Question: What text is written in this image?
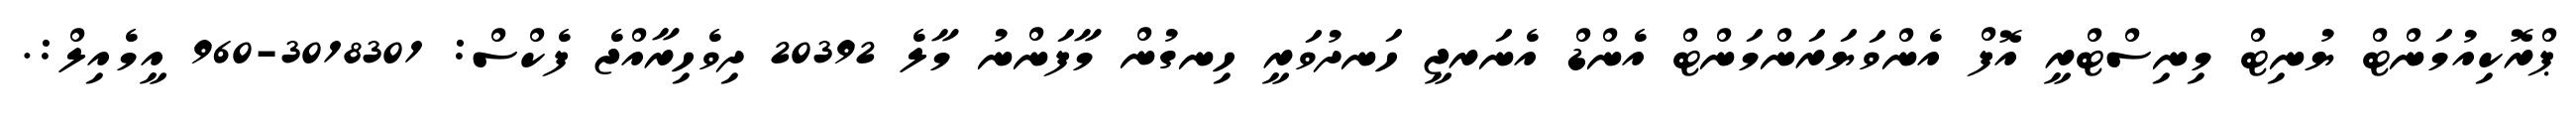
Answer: ޕްރޮކިއުމަންޓް ޔުނިޓް މިނިސްޓްރީ އޮފް އެންވަޔަރަންމަންޓް އެންޑް އެނަރޖީ ހަނދުވަރީ ހިނގުން މާފަންނު މާލެ 20392 ދިވެހިރާއްޖެ ފެކްސް: 3018301-960 އީމެއިލް:.